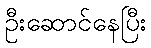
ဦးဆောင်နေပြီး